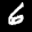
Digit: 6